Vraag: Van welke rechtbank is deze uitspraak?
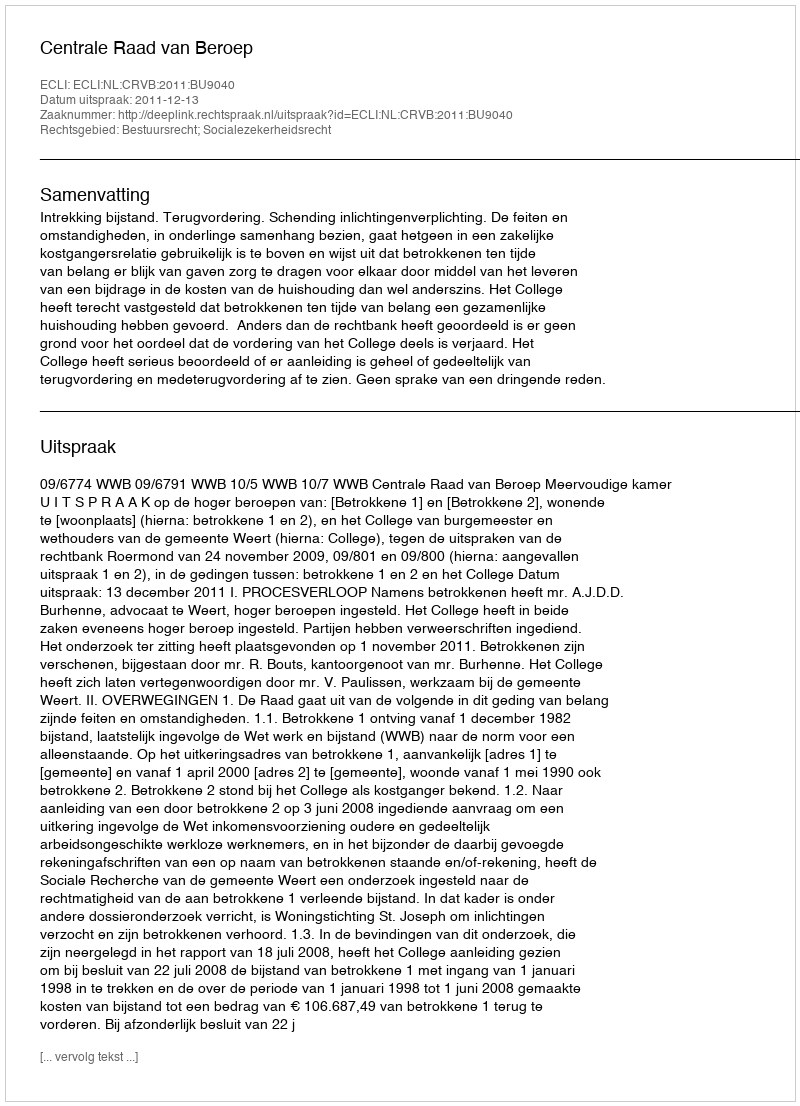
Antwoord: Centrale Raad van Beroep